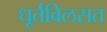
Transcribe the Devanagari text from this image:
धूर्तविलसत